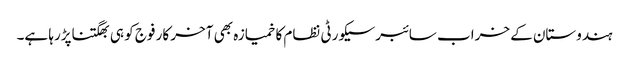
ہندوستان کے خراب سائبرسیکورٹی نظام کا خمیازہ بھی آخر کار فوج کو ہی بھگتناپڑرہا ہے۔